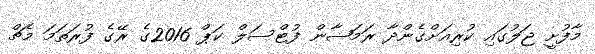
މާފުށީ ޖަލުގައި ކުރިއަށްގެންދާ ރަމަޟާން ފުޓްސަލް ކަޕް 2016ގެ ރޭގެ ފުރަތަމަ މެޗް